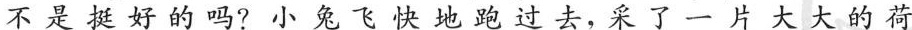
不是挺好的吗？小兔飞快地跑过去，采了一片大大的荷